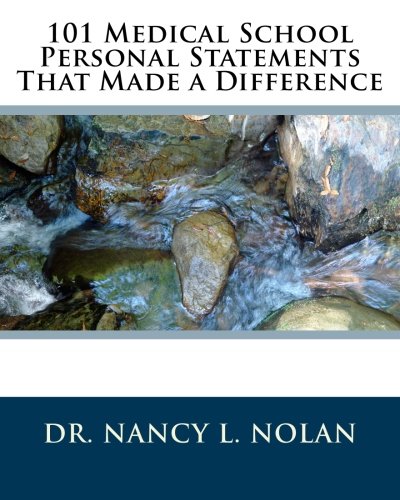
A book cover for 101 Medical School Personal Statements That Made a Difference; Dr. Nancy L. Nolan; Test Preparation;